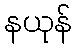
နယုန်